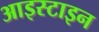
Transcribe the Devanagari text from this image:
आइस्टाइन